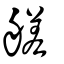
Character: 艖